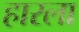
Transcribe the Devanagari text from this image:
हारला